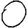
Digit: 0